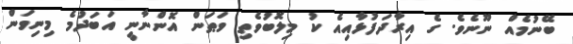
ބޭނުމެއް ނޫނެވެ. ގެ އިރާދަފުޅާއިއެ ކު މިލޮބުވެތި ވަޠަން އޮންނާނީ އަބަދުމެ މިނިވަން